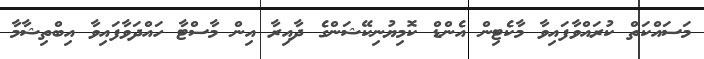
މަސައްކަތް ކުރައްވާފައިވާ މާކެޓިން އެންޑް ކޮމިޔުނިކޭޝަންގެ ދާއިރާ އިން މާސްޓާ ހައްދަވާފައިވާ އިބްތިޝާމާ